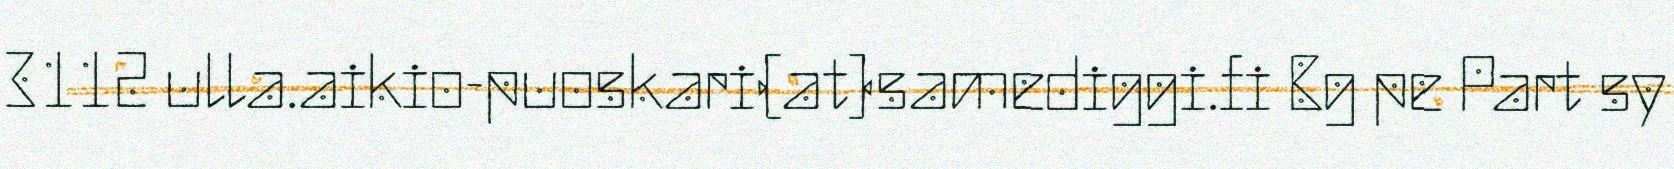
3112 ulla.aikio-puoskari(at)samediggi.fi Bg pe Part sy